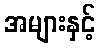
အများနှင့်